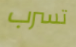
تسرب